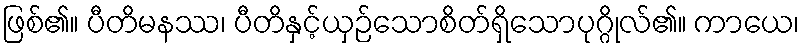
ဖြစ်၏။ ပီတိမနဿ၊ ပီတိနှင့်ယှဉ်သောစိတ်ရှိသောပုဂ္ဂိုလ်၏။ ကာယေ၊